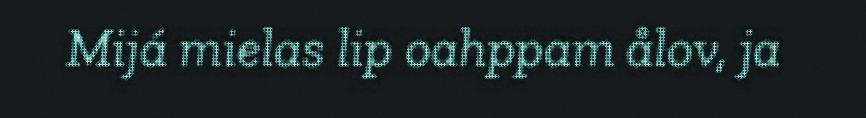
Mijá mielas lip oahppam ålov, ja